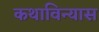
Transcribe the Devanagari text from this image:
कथाविन्यास